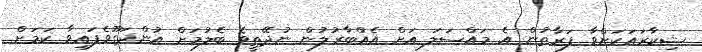
ޝިކާރައަކަށްވާ ފަރާތުން އެ މައްސަލަ އަށް އެއްބާރުލުން ނުދޭތީވެ ބެލުމަށް އުންދަގޫވެފައިވާ ކަމަށް